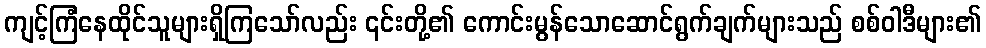
ကျင့်ကြံနေထိုင်သူများရှိကြသော်လည်း ၎င်းတို့၏ ကောင်းမွန်သောဆောင်ရွက်ချက်များသည် စစ်ဝါဒီများ၏